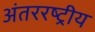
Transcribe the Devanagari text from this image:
अंतररष्ट्रीय